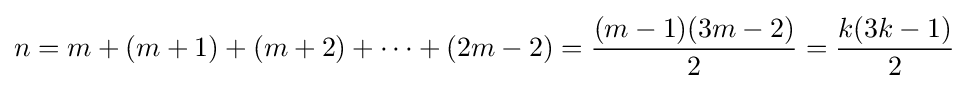
n=m+(m+1)+(m+2)+\cdots +(2m-2)={\frac {(m-1)(3m-2)}{2}}={\frac {k(3k-1)}{2}}